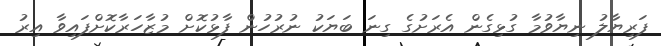
ފަރިޔާލު ނިޔާވުމާ ގުޅިގެން އެރަށުގެ ގިނަ ބަޔަކު ނުރުހުން ފާޅުކޮށް މުޒާހަރާކޮށްފައިވާ އިރު